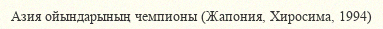
Азия ойындарының чемпионы (Жапония, Хиросима, 1994)